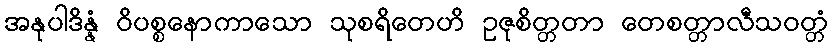
အနုပါဒိန္နံ ဝိပစ္စနောကာသော သုစရိတေဟိ ဥဇုစိတ္တတာ တေစတ္တာလီသဝတ္တံ